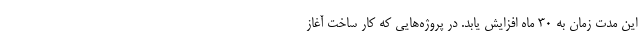
این مدت زمان به ۳۰ ماه افزایش یابد. در پروژه‌هایی که کار ساخت آغاز